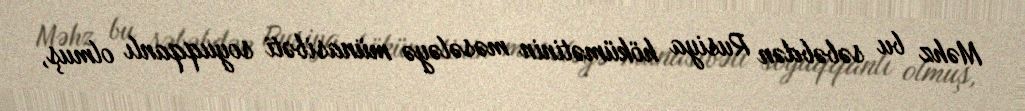
Məhz bu səbəbdən Rusiya hökümətinin məsələyə münasibəti soyuqqanlı olmuş,